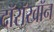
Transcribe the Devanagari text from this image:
दॉरॉखॉन